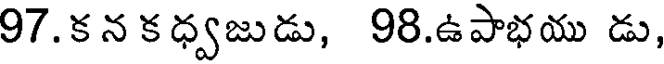
97.క న క ధ్వజుడు, 98.ఉపాభయు డు,